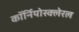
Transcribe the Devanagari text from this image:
कॉर्नियोस्क्लेरल